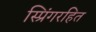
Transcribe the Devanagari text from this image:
स्प्रिंगरहित